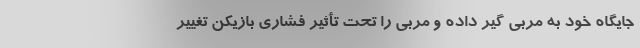
جایگاه خود به مربی گیر داده و مربی را تحت تأثیر فشاری بازیکن تغییر